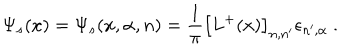
\Psi _ { s } ( x ) = \Psi _ { s } ( x , \alpha , n ) = \frac { 1 } { \pi } \left[ L ^ { + } ( x ) \right] _ { n , n ^ { \prime } } \epsilon _ { n ^ { \prime } , \alpha } ~ .